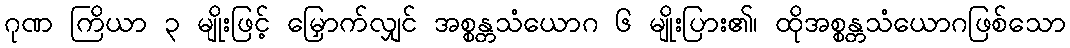
ဂုဏ ကြိယာ ၃ မျိုးဖြင့် မြှောက်လျှင် အစ္စန္တသံယောဂ ၆ မျိုးပြား၏၊ ထိုအစ္စန္တသံယောဂဖြစ်သော